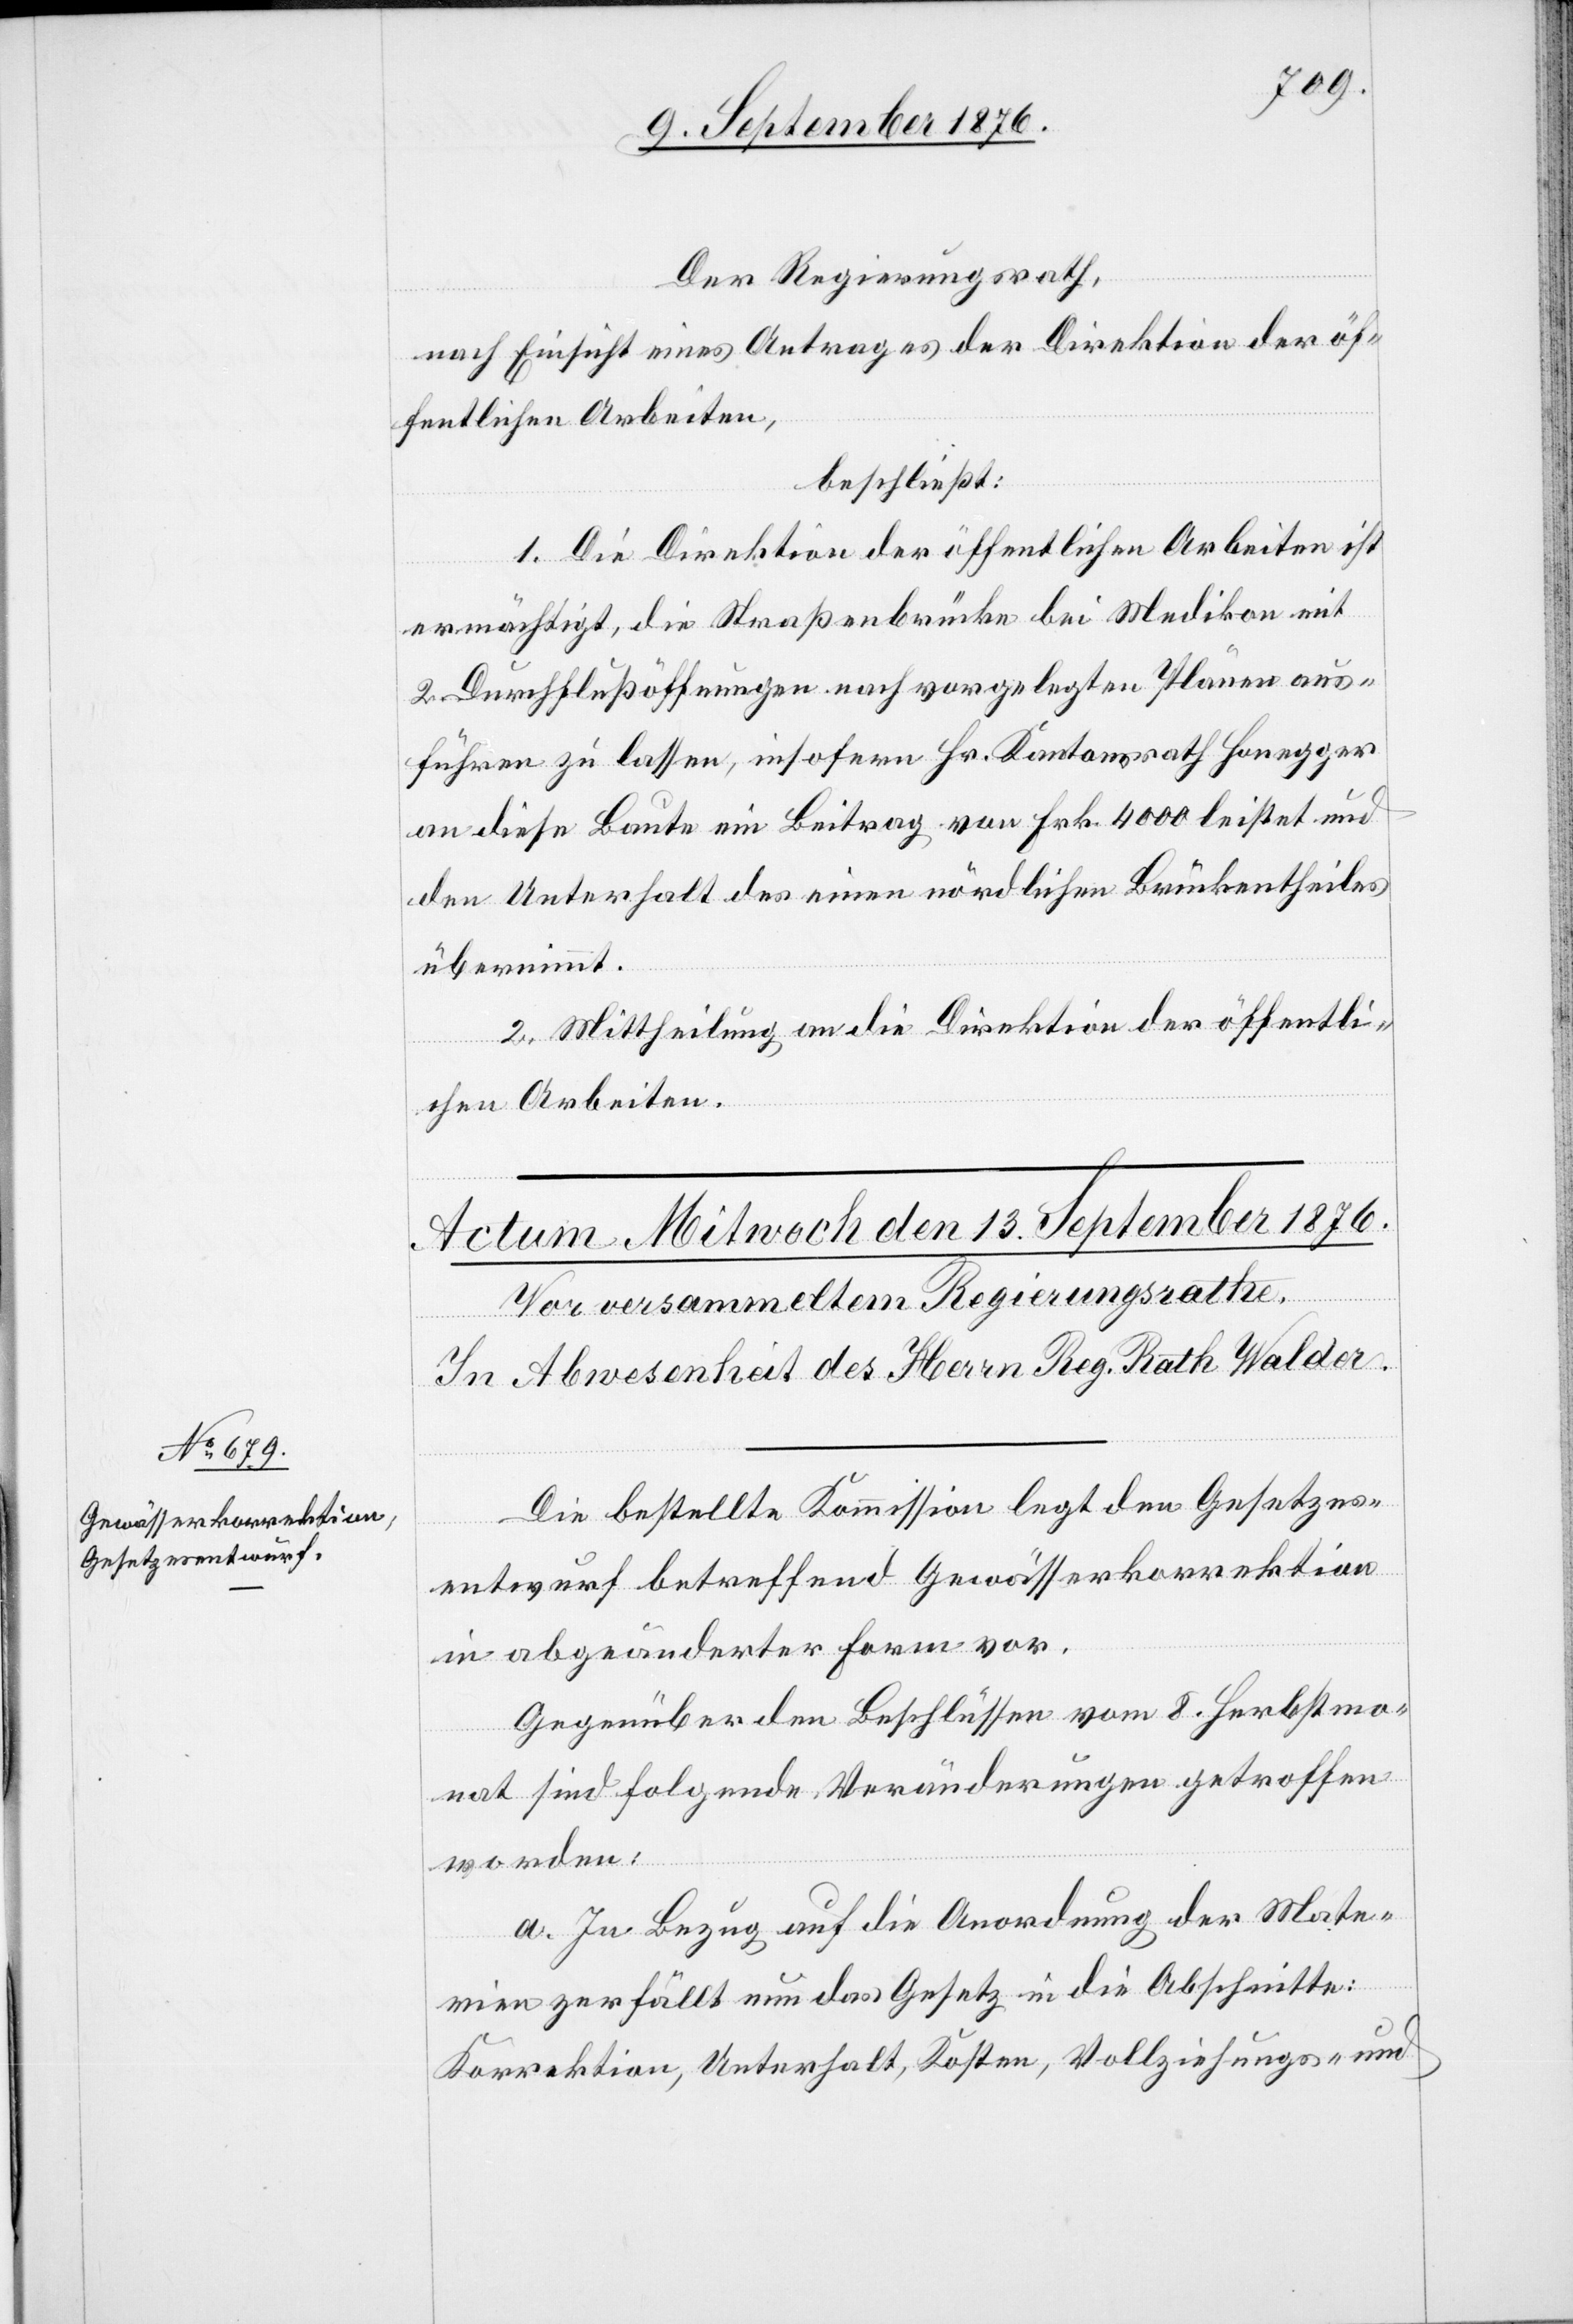
Der Regierungsrath,
nach Einsicht eines Antrages der Direktion der öf¬
fentlichen Arbeiten,
beschließt:
1. Die Direktion der öffentlichen Arbeiten ist
ermächtigt, die Straßenbrücke bei Medikon mit
2 Durchflußöffnungen nach vorgelegten Plänen aus¬
führen zu lassen, insofern Hr. Kantonsrath Honegger
an diese Baute ein Beitrag von Frk. 4000 leistet und
den Unterhalt des einen nördlichen Brückentheiles
übernimmt.
2. Mittheilung an die Direktion der öffentli¬
chen Arbeiten.
Die bestellte Kommission legt den Gesetzes¬
entwurf betreffend Gewässerkorrektion
in abgeänderter Form vor.
Gegenüber den Beschlüssen vom 8. Herbstmo¬
nat sind folgende Veränderungen getroffen
worden:
a. In Bezug auf die Anordnung der Mate¬
rien zerfällt nun das Gesetz in die Abschnitte:
Korrektion, Unterhalt, Kosten, Vollziehungs- und